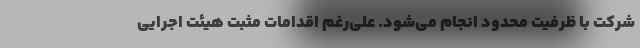
شرکت با ظرفیت محدود انجام می‌شود. علی‌رغم اقدامات مثبت هیئت اجرایی